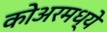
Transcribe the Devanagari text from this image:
कोअरमध्ये